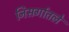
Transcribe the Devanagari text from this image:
निसर्गातले